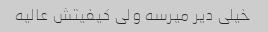
خیلی دیر میرسه ولی کیفیتش عالیه